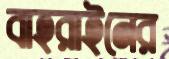
বাহরাইনের